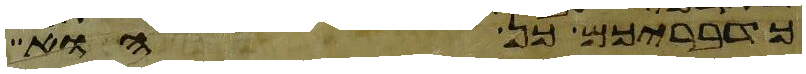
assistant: כדבריכם כן הוא